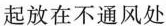
起放在不通风处